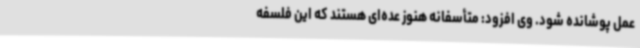
عمل پوشانده شود. وی افزود: متأسفانه هنوز عده‌ای هستند که این فلسفه